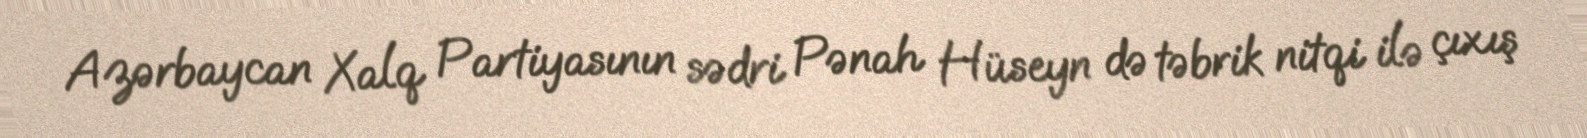
Azərbaycan Xalq Partiyasının sədri Pənah Hüseyn də təbrik nitqi ilə çıxış